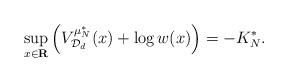
LaTeX: \begin{align*}\sup_{x \in \mathbf{R}} \left( V_{\mathcal{D}_{d}}^{\mu_{N}^{\ast}}(x) + \log w(x) \right) = -K_{N}^{\ast}. \end{align*}